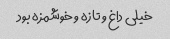
خیلی داغ و تازه و خوشمزه بود